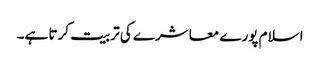
اسلام پورے معاشرے کی تربیت کرتا ہے۔